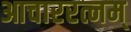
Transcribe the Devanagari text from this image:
आचाररत्नम्